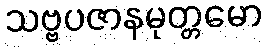
သဗ္ဗပဇာနမုတ္တမော